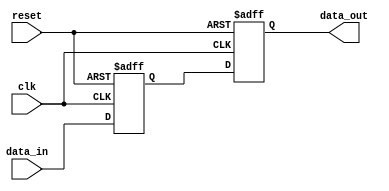
module Simple_Bypass_Register (
    input wire clk,
    input wire reset,
    input wire data_in,
    output reg data_out
);

reg [7:0] storage_reg;

always @(posedge clk or posedge reset) begin
    if (reset) begin
        storage_reg <= 8'h00;
        data_out <= 1'b0;
    end else begin
        storage_reg <= data_in;
        data_out <= storage_reg;
    end
end

endmodule